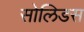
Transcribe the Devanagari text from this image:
सोलिडस